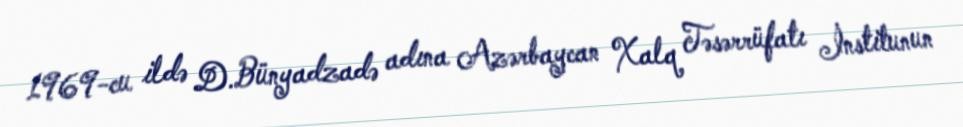
1969-cu ildə D.Bünyadzadə adına Azərbaycan Xalq Təsərrüfatı İnstitunun